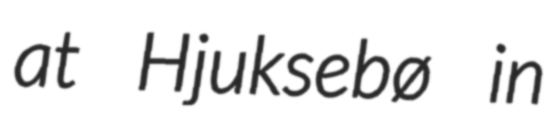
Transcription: at Hjuksebø in